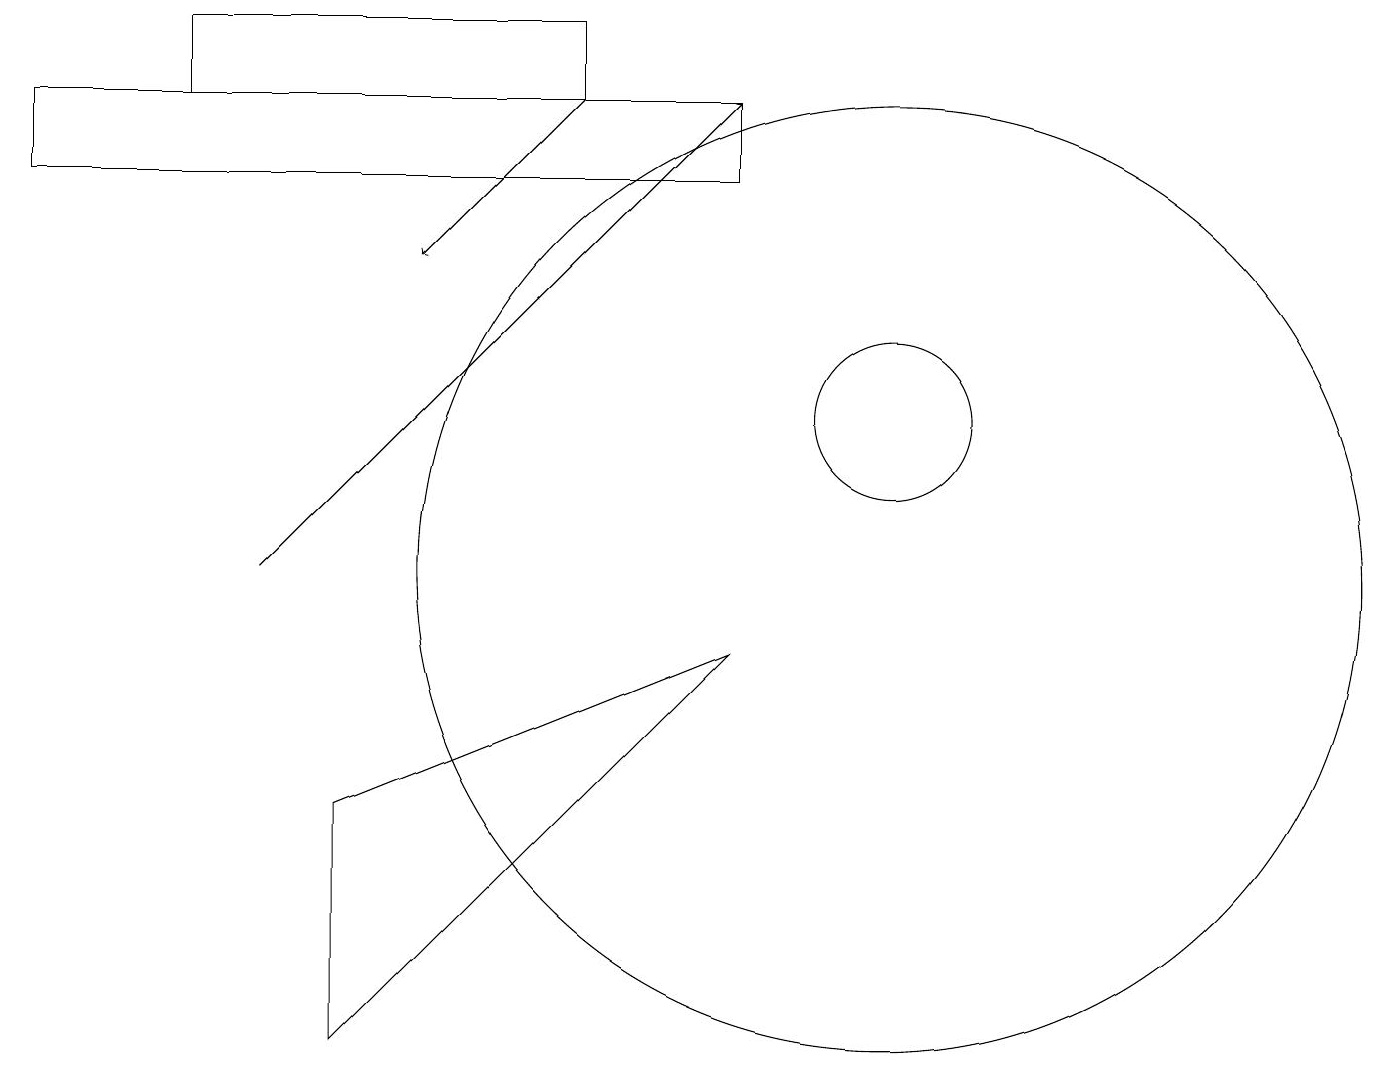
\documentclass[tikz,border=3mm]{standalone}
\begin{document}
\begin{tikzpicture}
\draw (11,10) circle (6);
\draw (7,16) rectangle (2,17);
\draw (11,12) circle (1);
\draw (0,16) rectangle (9,15);
\draw (9,9) -- (4,7) -- (4,4) -- cycle;
\draw[->] (3,10) -- (9,16);
\draw[->] (7,16) -- (5,14);
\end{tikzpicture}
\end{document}